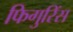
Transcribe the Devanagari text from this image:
फिगुरिंस